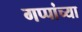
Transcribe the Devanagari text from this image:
गप्पांच्या